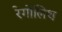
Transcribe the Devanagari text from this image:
रेगोलिथ